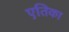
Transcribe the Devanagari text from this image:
एतिका